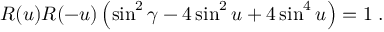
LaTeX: { \cal R } ( u ) { \cal R } ( - u ) \left( \sin ^ { 2 } \gamma - 4 \sin ^ { 2 } u + 4 \sin ^ { 4 } u \right) = 1 \; .